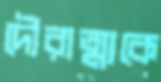
দৌরাত্ম্যকে